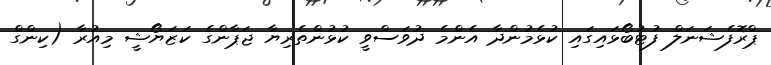
ޕްރޮފެޝަނަލް ފުޓުބޯޅައިގައި ކުޅެމުންދާ އެންމެ ދުވަސްވީ ކުޅުންތެރިޔާ ޖަޕާންގެ ކަޒަޔޯޝީ މިއުރާ (ކިންގް